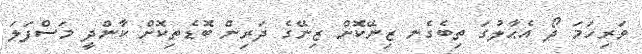
ވަރިހަމަ ދޯ އެޙާލުގަ ތިބެގެނ ޒިނޭކޮށް ޒިނޭގެ ދަރިން ބޮޑެތިކޮށް ކާންދީ މަސްފަލަ